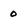
Character: 0